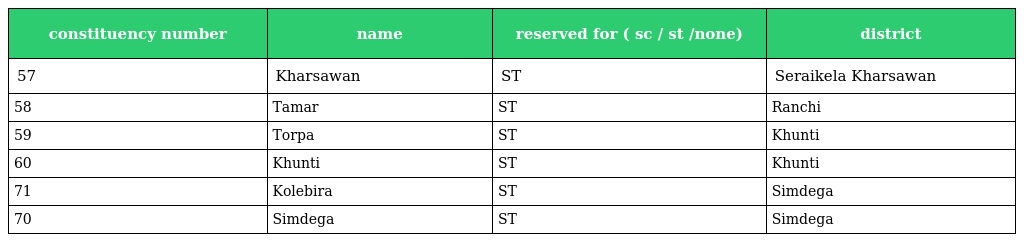
| constituency number | name | reserved for ( sc / st /none) | district |
 | --- | --- | --- | --- |
 | 57 | Kharsawan | ST | Seraikela Kharsawan |
 | 58 | Tamar | ST | Ranchi |
 | 59 | Torpa | ST | Khunti |
 | 60 | Khunti | ST | Khunti |
 | 71 | Kolebira | ST | Simdega |
 | 70 | Simdega | ST | Simdega |